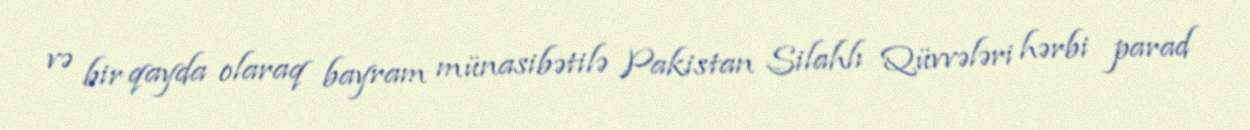
və bir qayda olaraq bayram münasibətilə Pakistan Silahlı Qüvvələri hərbi parad